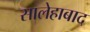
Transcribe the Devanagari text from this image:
सालेहाबाद